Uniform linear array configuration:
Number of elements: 24
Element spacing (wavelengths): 1
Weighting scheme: binomial
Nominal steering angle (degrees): -30
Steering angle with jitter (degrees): -28.203
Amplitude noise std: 0.05
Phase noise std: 0.05

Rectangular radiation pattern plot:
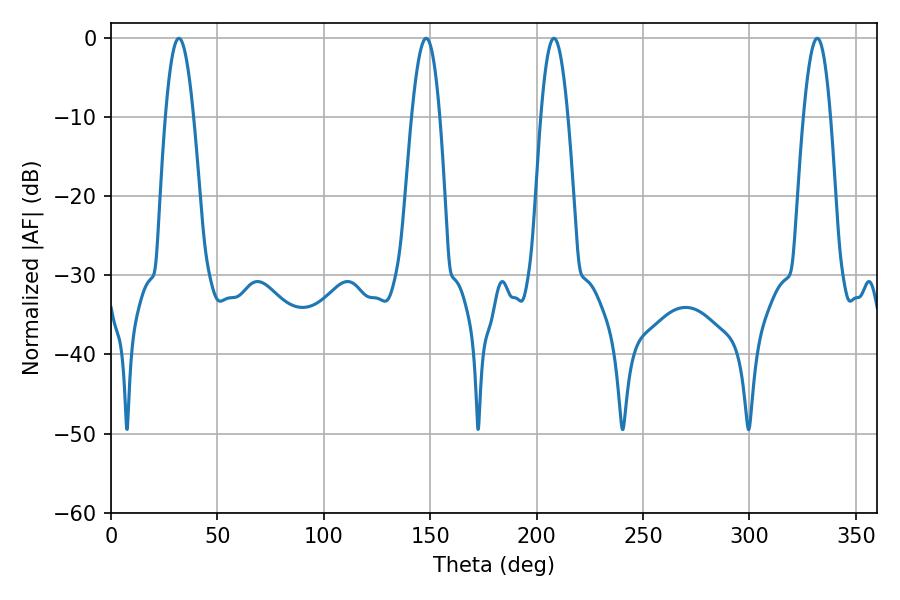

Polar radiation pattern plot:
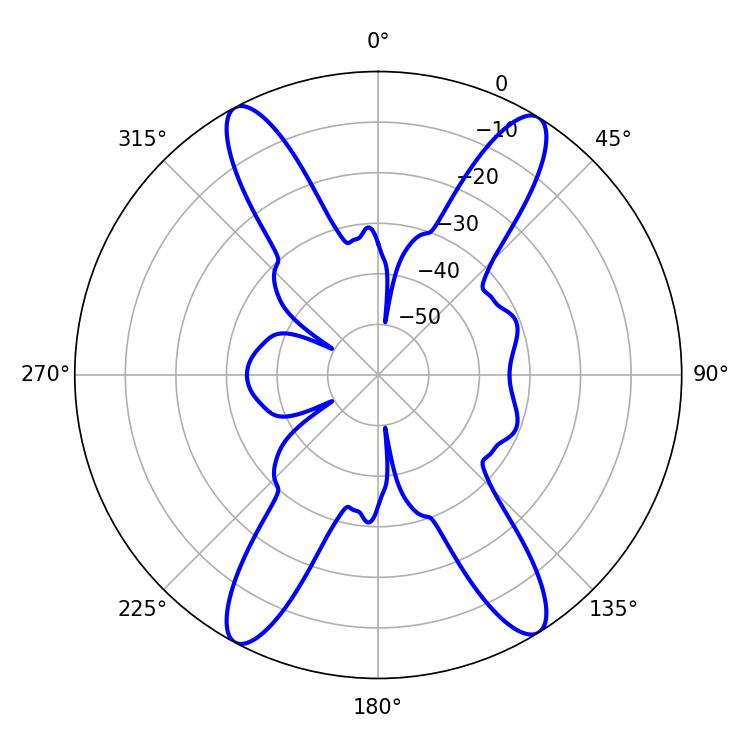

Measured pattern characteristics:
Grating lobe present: TRUE
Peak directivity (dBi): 19.776
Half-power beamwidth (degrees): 7.2
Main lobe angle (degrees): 31.86